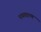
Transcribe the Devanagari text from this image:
पथचारण